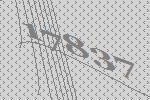
17837